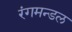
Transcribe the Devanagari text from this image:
रंगमन्डल